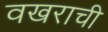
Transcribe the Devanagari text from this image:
वखराची